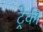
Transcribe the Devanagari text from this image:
ट्रेकी